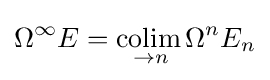
\Omega ^{\infty }E={\underset {\to n}{\operatorname {colim} {}}}\Omega ^{n}E_{n}